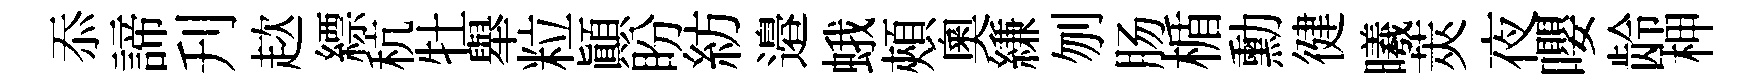
忝諦刋趑縹秔牡舉粒顛盼紡邉蛾頰奧縑刎肠楯勳徤曦莢夜嚶龄柙